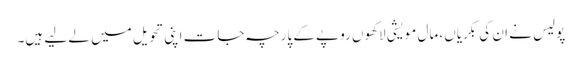
پولیس نے ان کی بکریاں، مال مویشی لاکھوں روپے کے پارچہ جات اپنی تحویل میں لے لیے ہیں۔